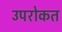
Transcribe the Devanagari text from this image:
उपरोकत